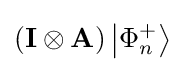
\left(\mathbf {I} \otimes \mathbf {A} \right)\left\vert \Phi _{n}^{+}\right\rangle